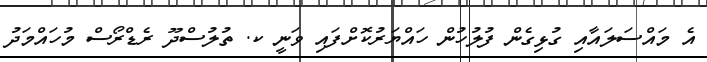
އެ މައްސަލައާއި ގުޅިގެން ފުލުހުން ހައްޔަރުކޮށްފައި ވަނީ ކ. ތުލުސްދޫ ރެޑްރޯސް މުހައްމަދު